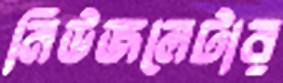
নিউজলেটার